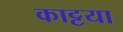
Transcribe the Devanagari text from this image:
काट्टया